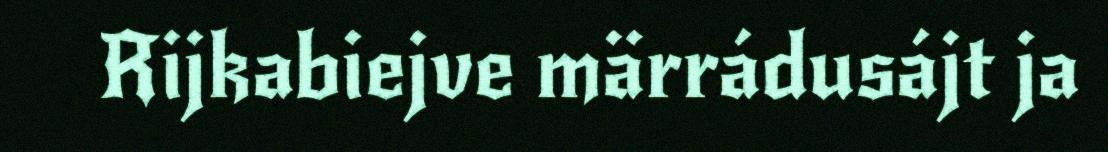
Rijkabiejve märrádusájt ja